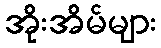
အိုးအိမ်များ